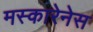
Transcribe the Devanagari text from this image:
मस्कारेनेस